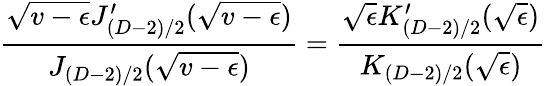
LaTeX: \frac{\sqrt{v-\epsilon}J_{(D-2)/2}^{\prime}(\sqrt{v-\epsilon})}{J_{(D-2)/2}(\sqrt{v-\epsilon})}=\frac{\sqrt{\epsilon}K_{(D-2)/2}^{\prime}(\sqrt{\epsilon})}{K_{(D-2)/2}(\sqrt{\epsilon})}